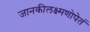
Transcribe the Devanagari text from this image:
जानकीलक्ष्मणोपेतं